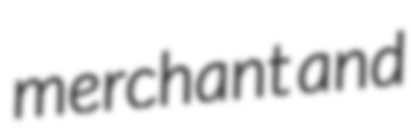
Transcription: merchant and